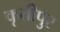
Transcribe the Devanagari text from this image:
कृतीपुर